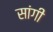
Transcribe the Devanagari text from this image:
सांगी